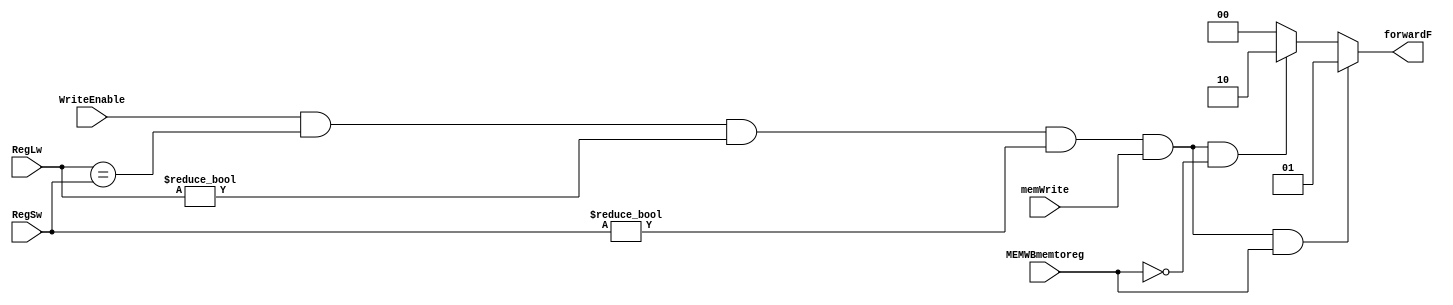
module forward(input [4:0] RegLw,input[4:0] RegSw,input WriteEnable,input memWrite,input MEMWBmemtoreg,output [1:0]forwardF);

parameter forwardfromALUresult=2'b10,
	forwardfromReadMem=2'b01,
	noforward=2'b00;

	assign forwardF=((WriteEnable==1'b1)&&(RegLw==RegSw)&&(RegLw!=5'b00000)&&(RegSw!=5'b00000)&&(memWrite==1'b1)&&(MEMWBmemtoreg==1))?forwardfromReadMem:
			((WriteEnable==1'b1)&&(RegLw==RegSw)&&(RegLw!=5'b00000)&&(RegSw!=5'b00000)&&(memWrite==1'b1)&&(MEMWBmemtoreg==0))?forwardfromALUresult:noforward;
//always @(forwardF)
//$display("forward");
endmodule